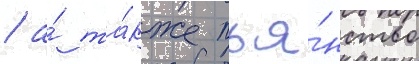
/ а́ та́кже пья́нство